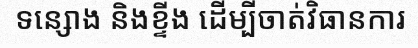
ទន្សោង និងខ្ទីង ដើម្បីចាត់វិធានការ